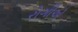
રોગીએ